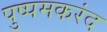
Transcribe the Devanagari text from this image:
पुष्पमकरंद